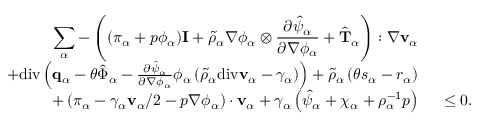
\begin{array} { r l } { \displaystyle \sum _ { \alpha } - \left( ( \pi _ { \alpha } + p \phi _ { \alpha } ) \mathbf { I } + \tilde { \rho } _ { \alpha } \nabla \phi _ { \alpha } \otimes \frac { \partial \hat { \psi } _ { \alpha } } { \partial \nabla \phi _ { \alpha } } + \hat { \mathbf { T } } _ { \alpha } \right) : \nabla \mathbf { v } _ { \alpha } } & { { } } \\ { + \mathrm { d i v } \left( \mathbf { q } _ { \alpha } - \theta \hat { \boldsymbol { \Phi } } _ { \alpha } - \frac { \partial \hat { \psi } _ { \alpha } } { \partial \nabla \phi _ { \alpha } } \phi _ { \alpha } \left( \tilde { \rho } _ { \alpha } \mathrm { d i v } \mathbf { v } _ { \alpha } - \gamma _ { \alpha } \right) \right) + \tilde { \rho } _ { \alpha } \left( \theta s _ { \alpha } - r _ { \alpha } \right) } & { { } } \\ { + \left( \boldsymbol { \pi } _ { \alpha } - \gamma _ { \alpha } \mathbf { v } _ { \alpha } / 2 - p \nabla \phi _ { \alpha } \right) \cdot \mathbf { v } _ { \alpha } + \gamma _ { \alpha } \left( \hat { \psi } _ { \alpha } + \chi _ { \alpha } + \rho _ { \alpha } ^ { - 1 } p \right) } & { { } ~ \leq 0 . } \end{array}